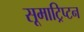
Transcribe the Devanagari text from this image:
सूमाट्रिप्टन